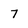
Character: 7